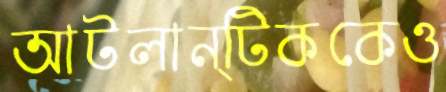
আটলান্টিককেও